Vaccine operations Central Provinces 1886-1899 - 1886-1899
Year: 1886
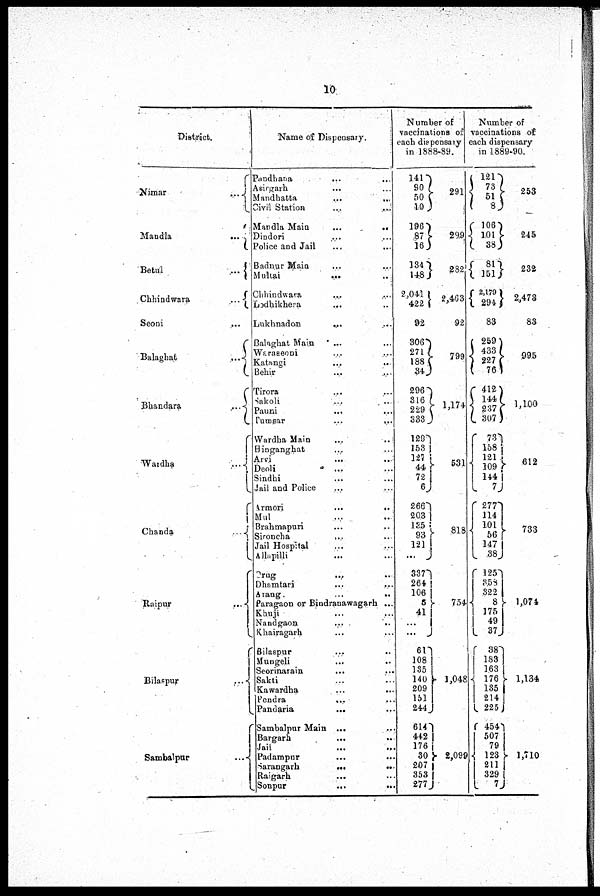
10
District.
Nimar
...
Mandla
...
Betul
...
Chhindwara
...
Seoni
...
...
Balaghat
...
Bhandara
...
Wardha ...
Chanda
...
Raipur
...
Bilaspur
...
Sambalpur
...
Name of Dispensary.
Pandhana ... ...
Asirgarh ... ...
Mandhatta
...
...
Civil Station ... ...
Mandla Main
...
...
Dindori ... ...
Police and Jail
...
...
Badnur Main ... ...
Multai
...
...
Chhindwara ... ...
Lodhikhera ... ...
Lukhnadon
...
...
Balaghat Main ... ...
Waraseoni ... ...
Katangi
...
...
Behir ... ...
Tirora ... ...
Sakoli ... ...
Pauni ... ...
Tumsar
...
...
Wardha Main ... ...
Binganghat ... ...
Arvi
...
...
Deoli
...
...
Sindhi ... ...
Jail and Police ... ...
Armori
...
...
Mul ... ...
Brahmapuri ... ...
Sironcha
...
...
Jail Hospital ... ...
Allapilli
...
...
Drug
...
...
Dhamtari ... ...
Arang
...
...
Paragaon or Bindranawagarh ...
Khuji ... ...
Nandgaon
...
...
Khairagarh ... ...
Bilaspur
...
...
Mungeli ... ...
Seorinarain ... ...
Sakti ... ...
Kawardha ... ...
Pendra
...
...
Pandaria
...
...
Sambalpur Main ... ...
Bargarh
...
...
Jail
...
...
Padampur ... ...
Sarangarh ... ...
Raigarh
...
...
Sonpur
...
...
Number of
vaccinations of
each dispensary
in 1888-89.
141
90
50
10
196
87
16
134
148
2,041
422
92
306
271
188
34
296
316
229
338.
129
153
127
44
72
6
266
203
135 93
121
...
337
264
106
5
41
...
...
6l
108
135
140
209
151
244
614
442
176
30
207
353
277
291
299
282
2,463
92
799
1,174
531
818
754
1,048
2,099
Number of
vaccinations of
each dispensary
in 1889-90.
121
73
51
8
106
101
38
81
151
2,170
294
83
259
433
227
76
412
144
237
307
73
158
121
109
144
7
277
114
101
56
147
38
125
358
322
8
175
49
37
38
183
163
176 135
214
225
454
527 79
123
211
329
7
253
245
232
2,473
83
995
1,100
612
733
1,074
1,134
1,710